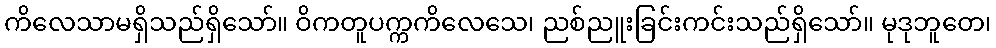
ကိလေသာမရှိသည်ရှိသော်။ ဝိကတူပက္ကကိလေသေ၊ ညစ်ညူးခြင်းကင်းသည်ရှိသော်။ မုဒုဘူတေ၊